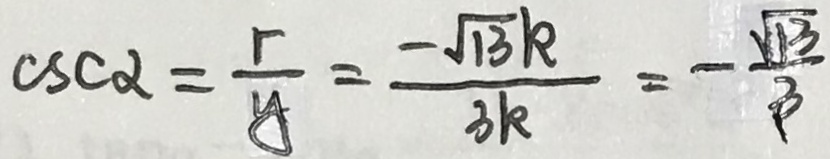
c s c \alpha = \frac { r } { g } = \frac { - \sqrt { 1 3 } k } { 3 k } = - \frac { \sqrt { 1 3 } } { 3 }